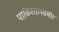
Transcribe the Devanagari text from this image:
पाकिस्तानसमोर